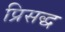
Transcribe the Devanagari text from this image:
प्रिसद्ध